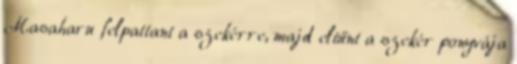
Masaharu felpattant a szekérre, majd eltűnt a szekér ponyvája